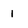
Character: 1